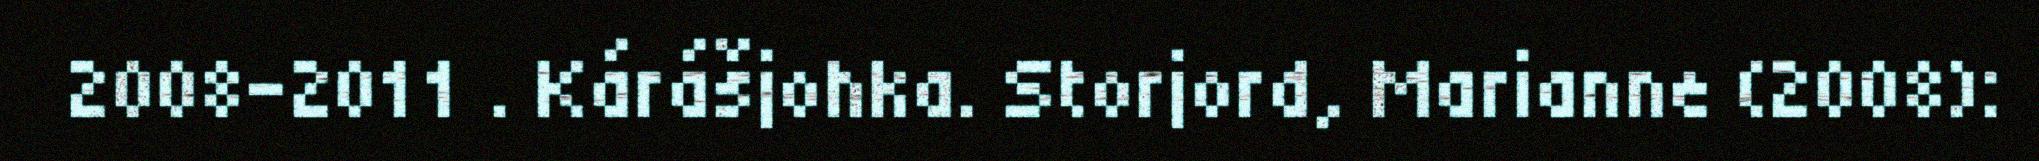
2008-2011 . Kárášjohka. Storjord, Marianne (2008):